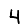
Digit: 4